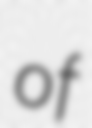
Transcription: of